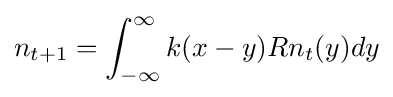
n_{t+1}=\int _{-\infty }^{\infty }k(x-y)Rn_{t}(y)dy